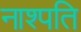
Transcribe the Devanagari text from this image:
नाश्पति